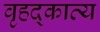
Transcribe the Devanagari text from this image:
वृहद्काव्य